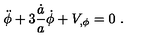
\ddot { \phi } + 3 { \frac { \dot { a } } { a } } \dot { \phi } + V _ { , \phi } = 0 \ .